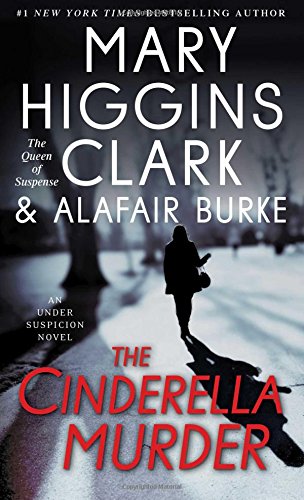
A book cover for The Cinderella Murder: An Under Suspicion Novel; Mary Higgins Clark; Mystery, Thriller & Suspense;